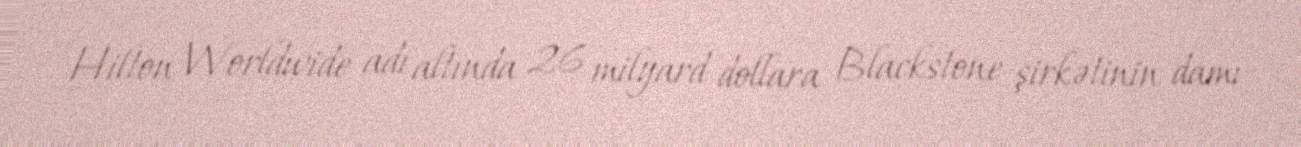
Hilton Worldwide adı altında 26 milyard dollara Blackstone şirkətinin damı